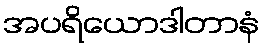
အပရိယောဒါတာနံ